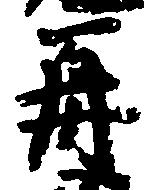
再